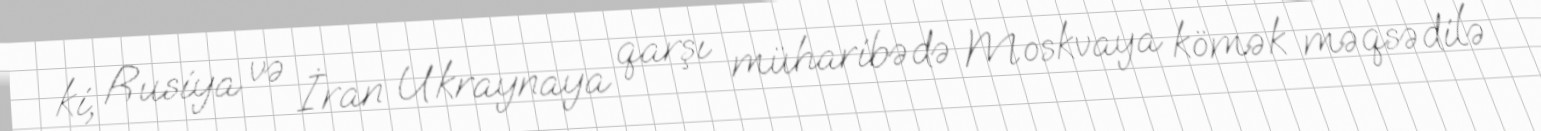
ki, Rusiya və İran Ukraynaya qarşı müharibədə Moskvaya kömək məqsədilə